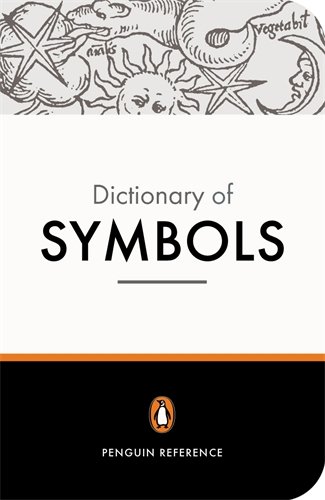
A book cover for The Penguin Dictionary of Symbols (Dictionary, Penguin); Jean Chevalier; Politics & Social Sciences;